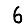
Digit: 6